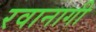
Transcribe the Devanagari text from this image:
रवानागी